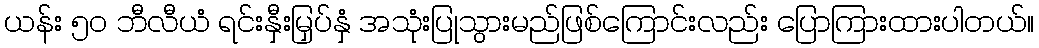
ယန်း ၅၀ ဘီလီယံ ရင်းနှီးမြှပ်နှံ အသုံးပြုသွားမည်ဖြစ်ကြောင်းလည်း ပြောကြားထားပါတယ်။